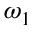
\omega _ { 1 }